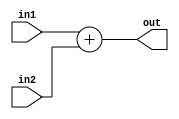
`timescale 1ns / 1ps
//////////////////////////////////////////////////////////////////////////////////
// Company: CECS 530
// 
// Design Name: 
// Module Name: Adder
// Project Name: 
// Target Devices: 
// Tool Versions: 
// Description: 
// 
// Dependencies: 
// 
// Revision:
// Revision 0.01 - File Created
// Additional Comments:
// 
//////////////////////////////////////////////////////////////////////////////////


module Adder(in1, in2, out);
    input [63:0] in1, in2;
    output reg [63:0] out;
    
    always @ (in1, in2)
        out = in1 + in2;
    
endmodule